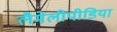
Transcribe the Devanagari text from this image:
लैमेलीपीडिया